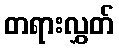
တရားလွှတ်